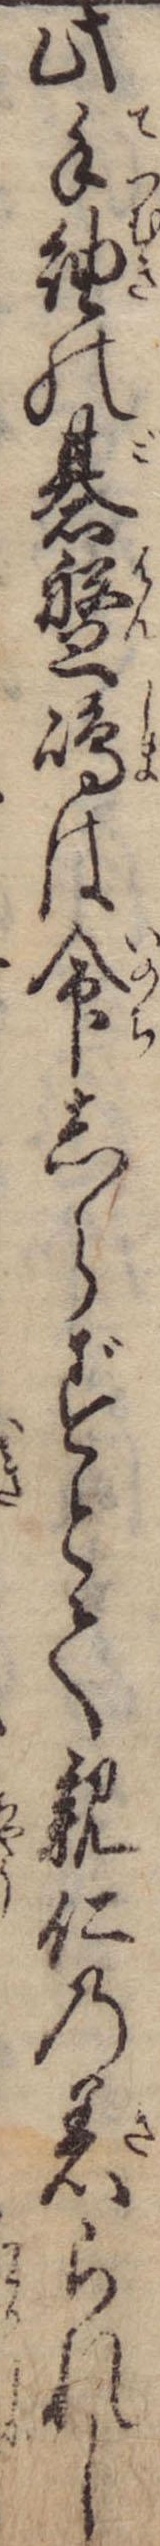
此手紬の碁盤島は命しらずとて親仁の着られし